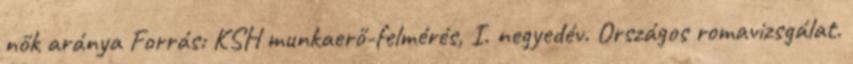
nők aránya Forrás: KSH munkaerő-felmérés, I. negyedév. Országos romavizsgálat.